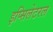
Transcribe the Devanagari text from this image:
इप्सिलेटरल